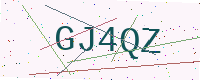
Text: GJ4QZ